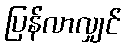
ပြန်လာလျှင်